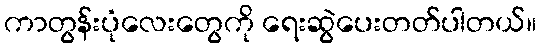
ကာတွန်းပုံလေးတွေကို ရေးဆွဲပေးတတ်ပါတယ်။